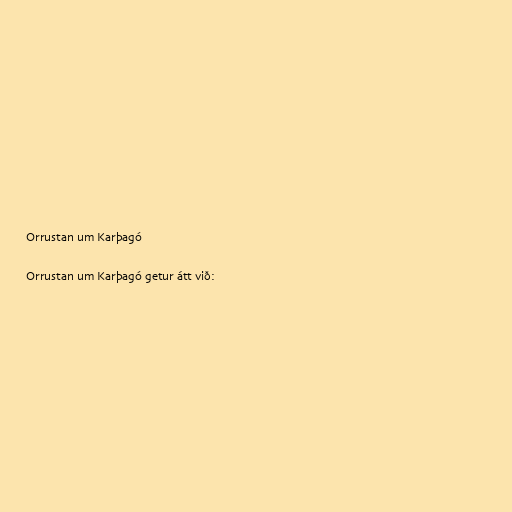
Orrustan um Karþagó

Orrustan um Karþagó getur átt við: